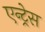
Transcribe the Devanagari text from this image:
एन्ट्रेस